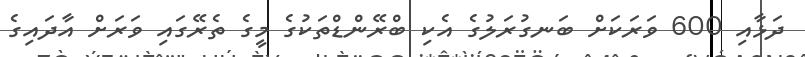
ދަޅާއި 600 ވަރަކަށް ބަނގުރަލުގެ އެކި ބްރޭންޑްތަކުގެ މީގެ ތެރޭގައި ވަރަށް އާދައިގެ